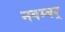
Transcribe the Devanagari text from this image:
नवम्बर्